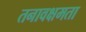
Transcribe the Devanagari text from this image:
तनावक्षमता